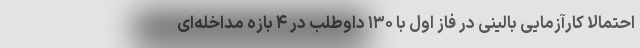
احتمالا کارآزمایی بالینی در فاز اول با ۱۳۰ داوطلب در ۴ بازه مداخله‌ای